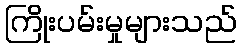
ကြိုးပမ်းမှုများသည်